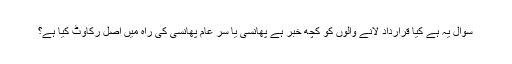
سوال یہ ہے کیا قرارداد لانے والوں کو کچھ خبر ہے پھانسی یا سر عام پھانسی کی راہ میں اصل رکاوٹ کیا ہے؟